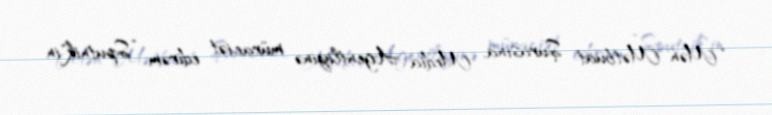
“Mən Mətbuat Şurasına, Media Agentliyinə müraciət edirəm: ”Sputnik"in